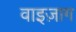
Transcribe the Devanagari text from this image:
वाइज़ाग